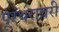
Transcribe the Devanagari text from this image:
पूरंधरावरी